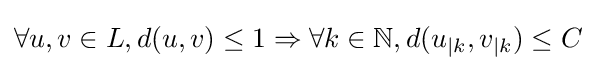
\forall u,v\in L,d(u,v)\leq 1\Rightarrow \forall k\in \mathbb {N} ,d(u_{|k},v_{|k})\leq C